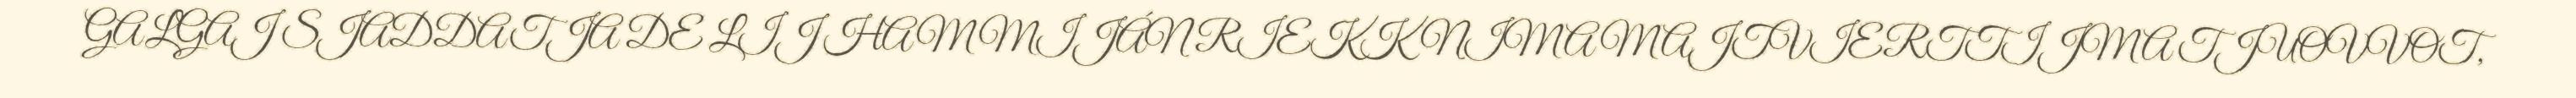
GALGAJ SJADDATJA DE LIJ HAM MIJÁN RIEKKNIMA MAJTVIERTTIJMA TJUOVVOT,